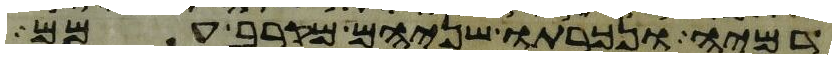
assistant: דמיה ונכרתו שניהם מקרב עמם